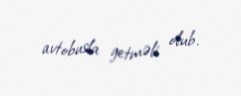
avtobusla getməli olub.